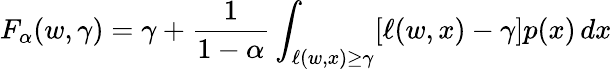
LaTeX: F_{\alpha}(w,\gamma)=\gamma+{\frac{1}{1-\alpha}}\int_{\ell(w,x)\geq\gamma}[\ell(w,x)-\gamma]p(x)\, dx